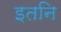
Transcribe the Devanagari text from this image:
इतनि